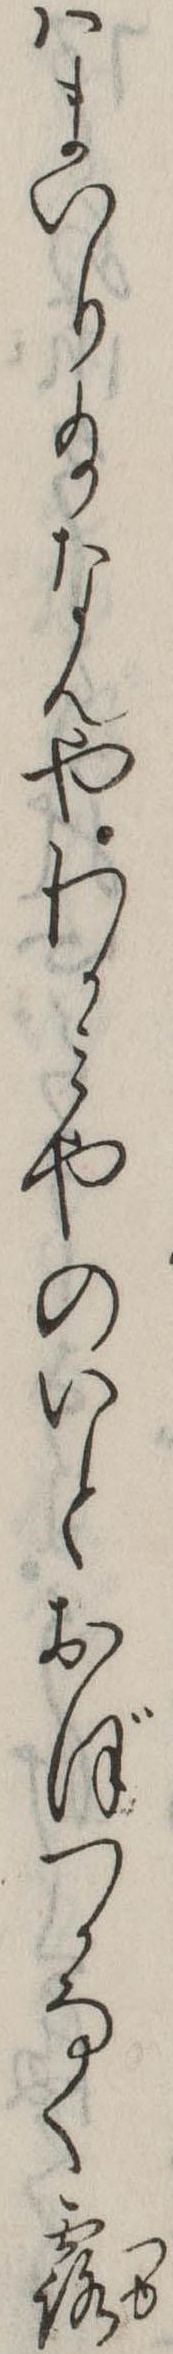
はまいり給なんやわかみやのいとおぼつかなく露